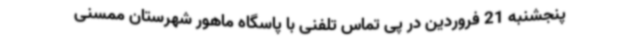
پنجشنبه 21 فروردین در پی تماس تلفنی با پاسگاه ماهور شهرستان ممسنی